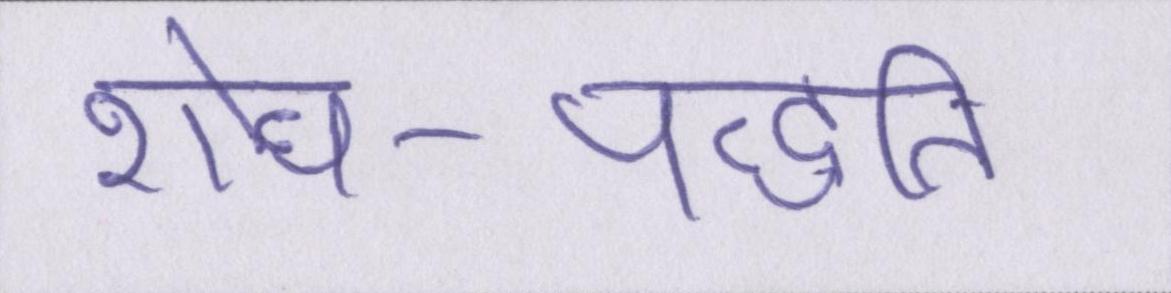
शोध-पद्धति